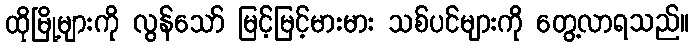
ထိုမြို့များကို လွန်သော် မြင့်မြင့်မားမား သစ်ပင်များကို တွေ့လာရသည်။